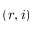
( r , i )